65_HS1-834228961_62-HQ-83894_SUB_A
Agency: FBI
Page 63
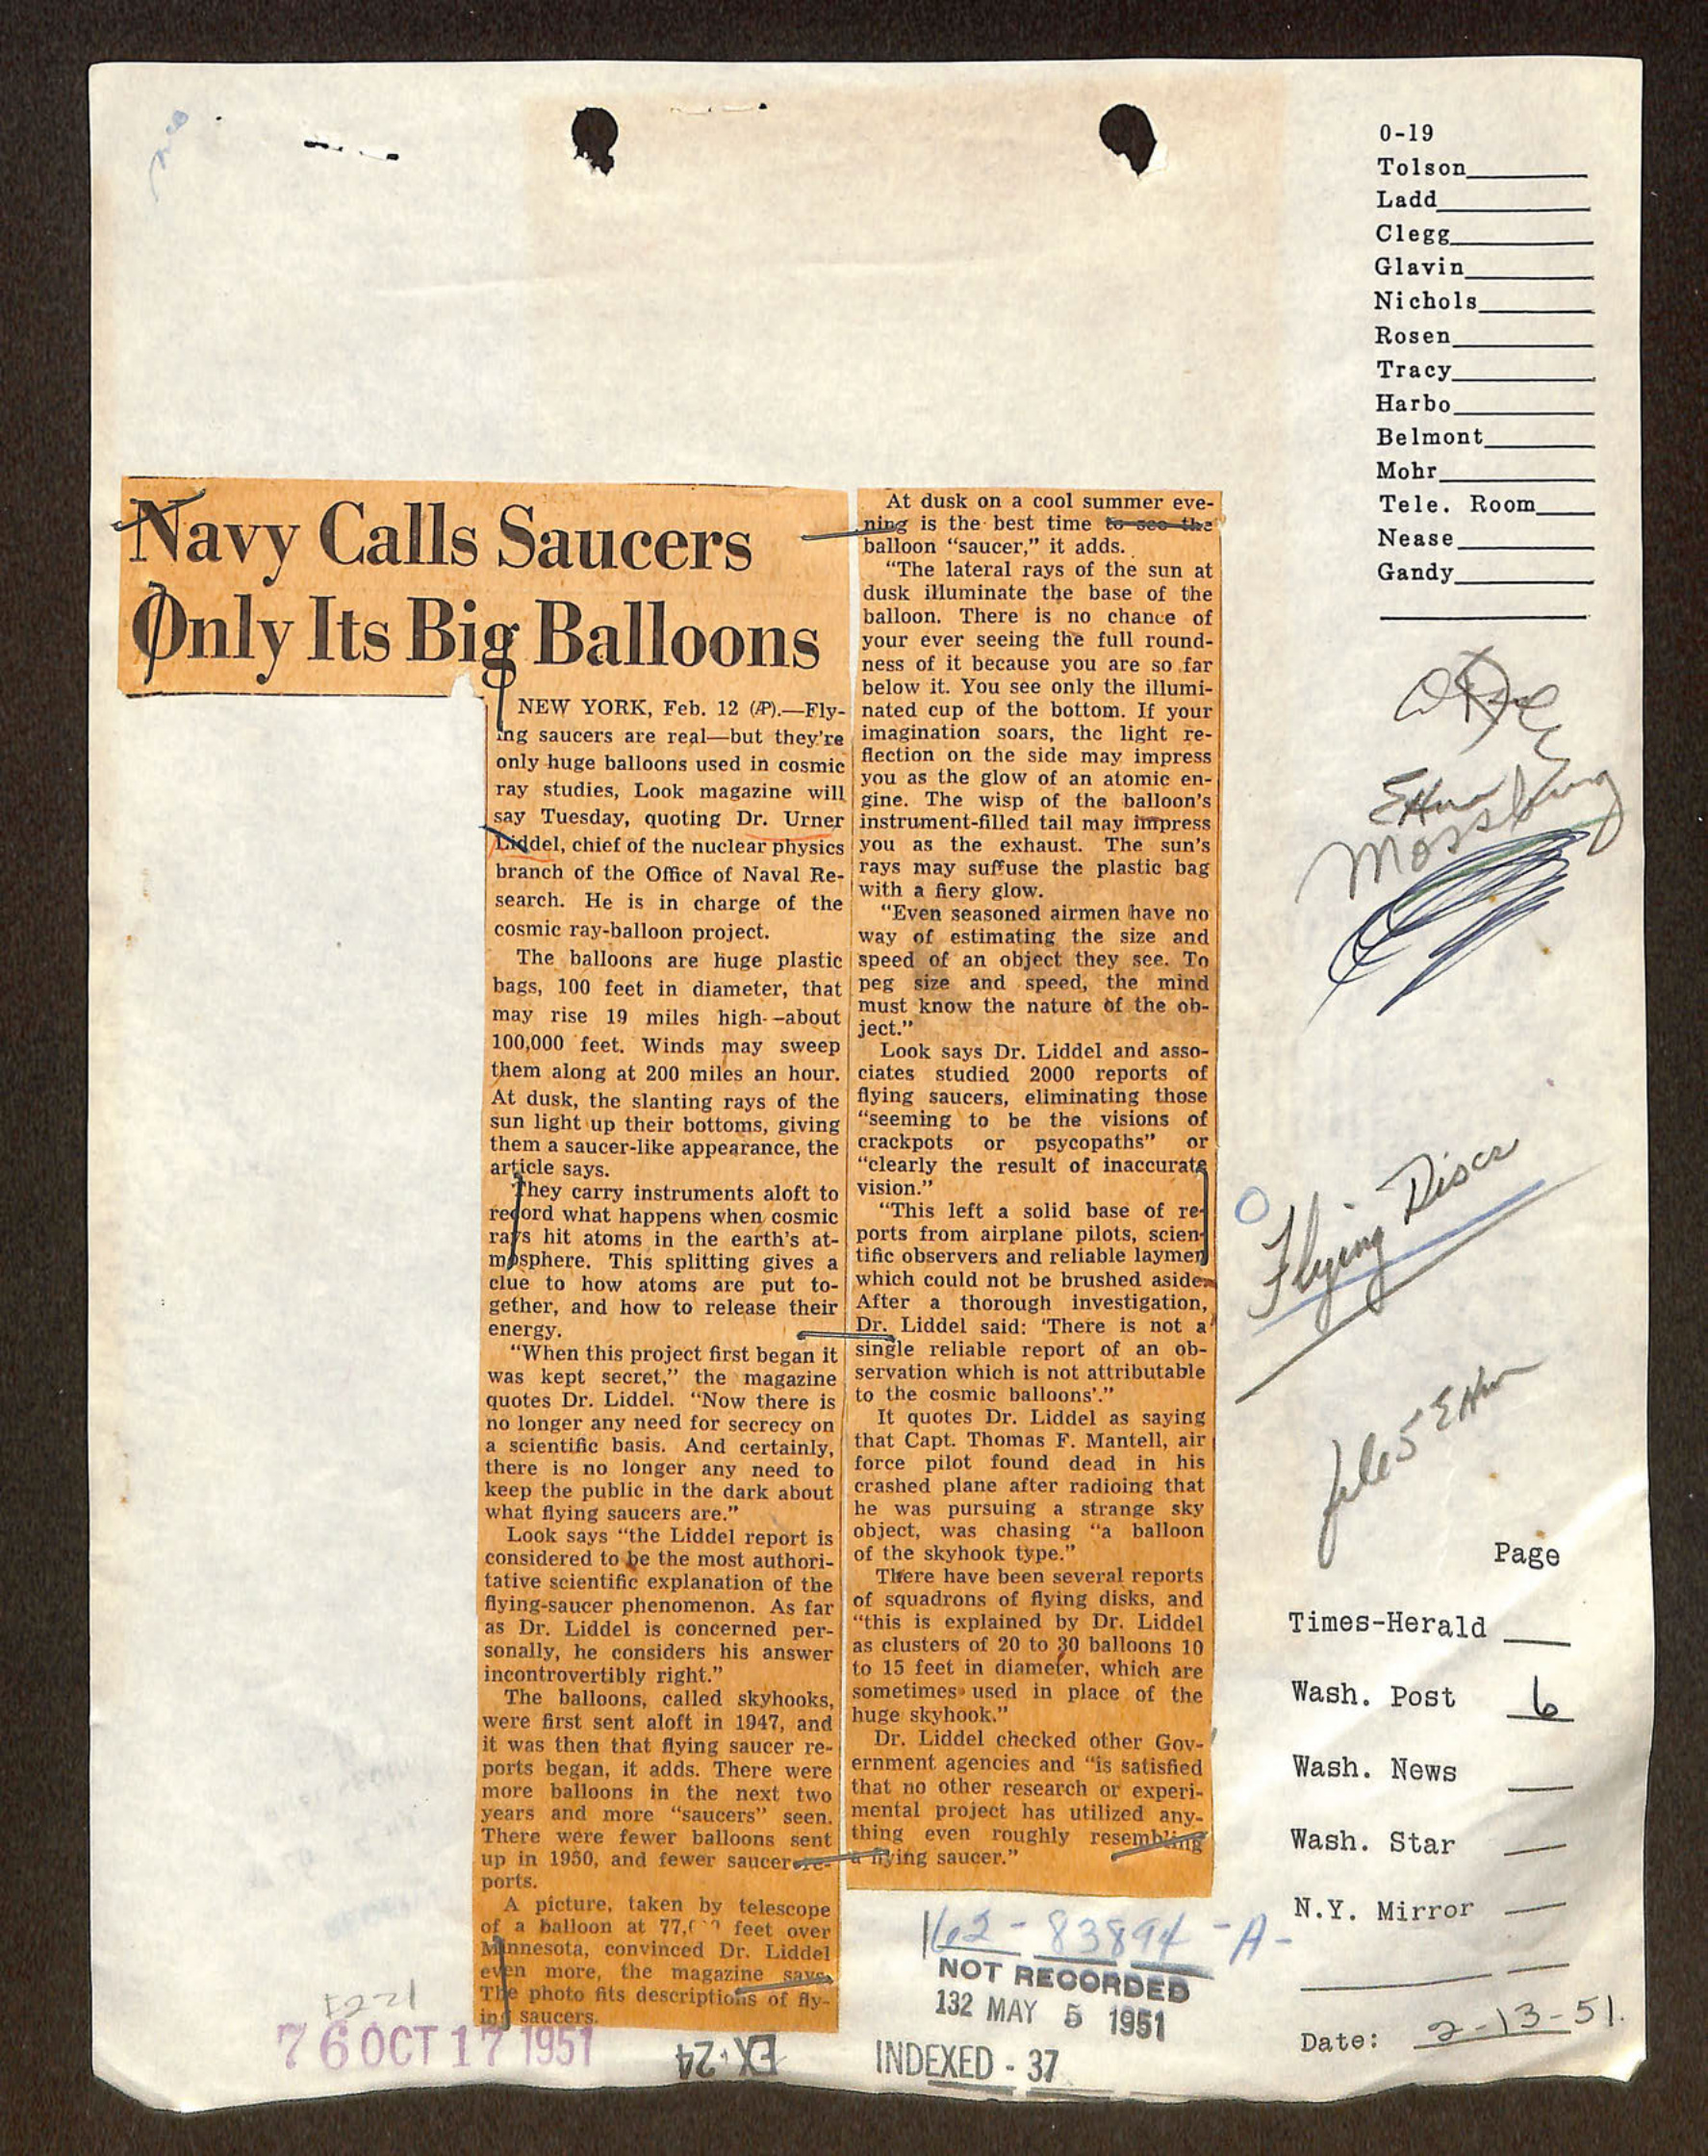